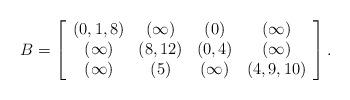
LaTeX: \begin{align*}B=\left[\begin{array}{cccc}(0,1,8) & (\infty) & (0) & (\infty)\\(\infty) & (8,12) & (0,4) & (\infty)\\(\infty) & (5) & (\infty) & (4,9,10)\end{array}\right].\end{align*}